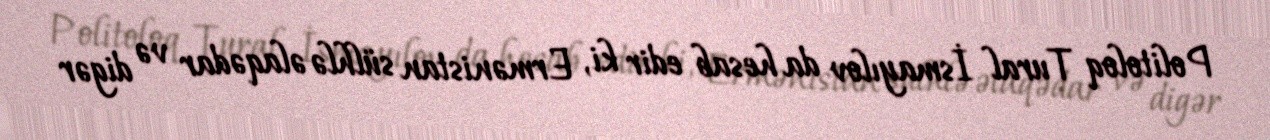
Politoloq Tural İsmayılov da hesab edir ki, Ermənistan sülhlə əlaqədar və digər